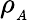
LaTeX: \rho_{_A}